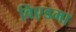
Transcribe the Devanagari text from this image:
विएडमा